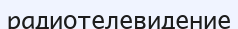
радиотелевидение